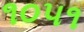
૧૦૫૧